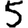
Digit: 5